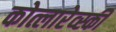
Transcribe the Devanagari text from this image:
कोत्लारेव्स्की